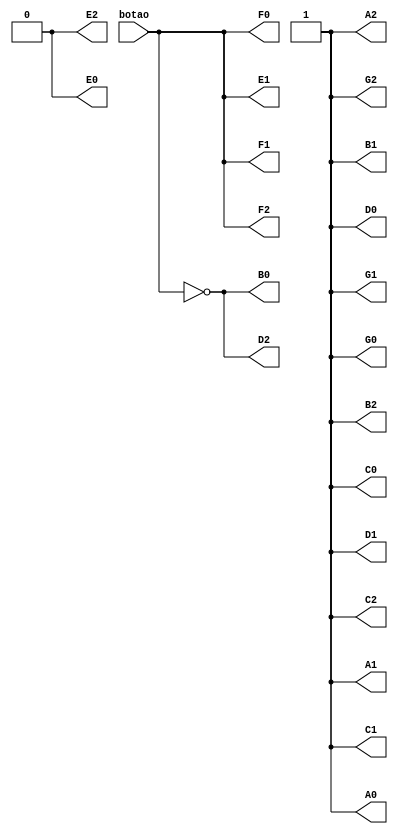
module cartaoufrgs(
input botao,
output A0,
output B0,
output C0,
output D0,
output E0,
output F0,
output G0,
output A1,
output B1,
output C1,
output D1,
output E1,
output F1,
output G1,
output A2,
output B2,
output C2,
output D2,
output E2,
output F2,
output G2
);

wire n_botao;
not(n_botao, botao);

wire true;
or(true, n_botao, botao);
wire false;
and(false, n_botao, botao);

// Constantes da funo booleana do display
or(A0, n_botao, botao);
or(C0, n_botao, botao);
or(D0, n_botao, botao);
and(E0, n_botao, botao);
or(G0, n_botao, botao);
or(A1, n_botao, botao);
or(B1, n_botao, botao);
or(C1, n_botao, botao);
or(D1, n_botao, botao);
or(G1, n_botao, botao);
or(A2, n_botao, botao);
or(B2, n_botao, botao);
or(C2, n_botao, botao);
and(E2, n_botao, botao);
or(G2, n_botao, botao);

// Multiplexadores
wire aux0;
wire aux1;
and(aux0, n_botao, true);
and(aux1, botao, false);
or(B0, aux0, aux1);

wire aux2;
wire aux3;
and(aux2, n_botao, false);
and(aux3, botao, true);
or(F0, aux2, aux3);

wire aux4;
wire aux5;
and(aux4, n_botao, false);
and(aux5, botao, true);
or(E1, aux4, aux5);

wire aux6;
wire aux7;
and(aux6, n_botao, false);
and(aux7, botao, true);
or(F1, aux6, aux7);

wire aux8;
wire aux9;
and(aux8, n_botao, true);
and(aux9, botao, false);
or(D2, aux8, aux9);

wire aux10;
wire aux11;
and(aux10, n_botao, false);
and(aux11, botao, true);
or(F2, aux10, aux11);

endmodule